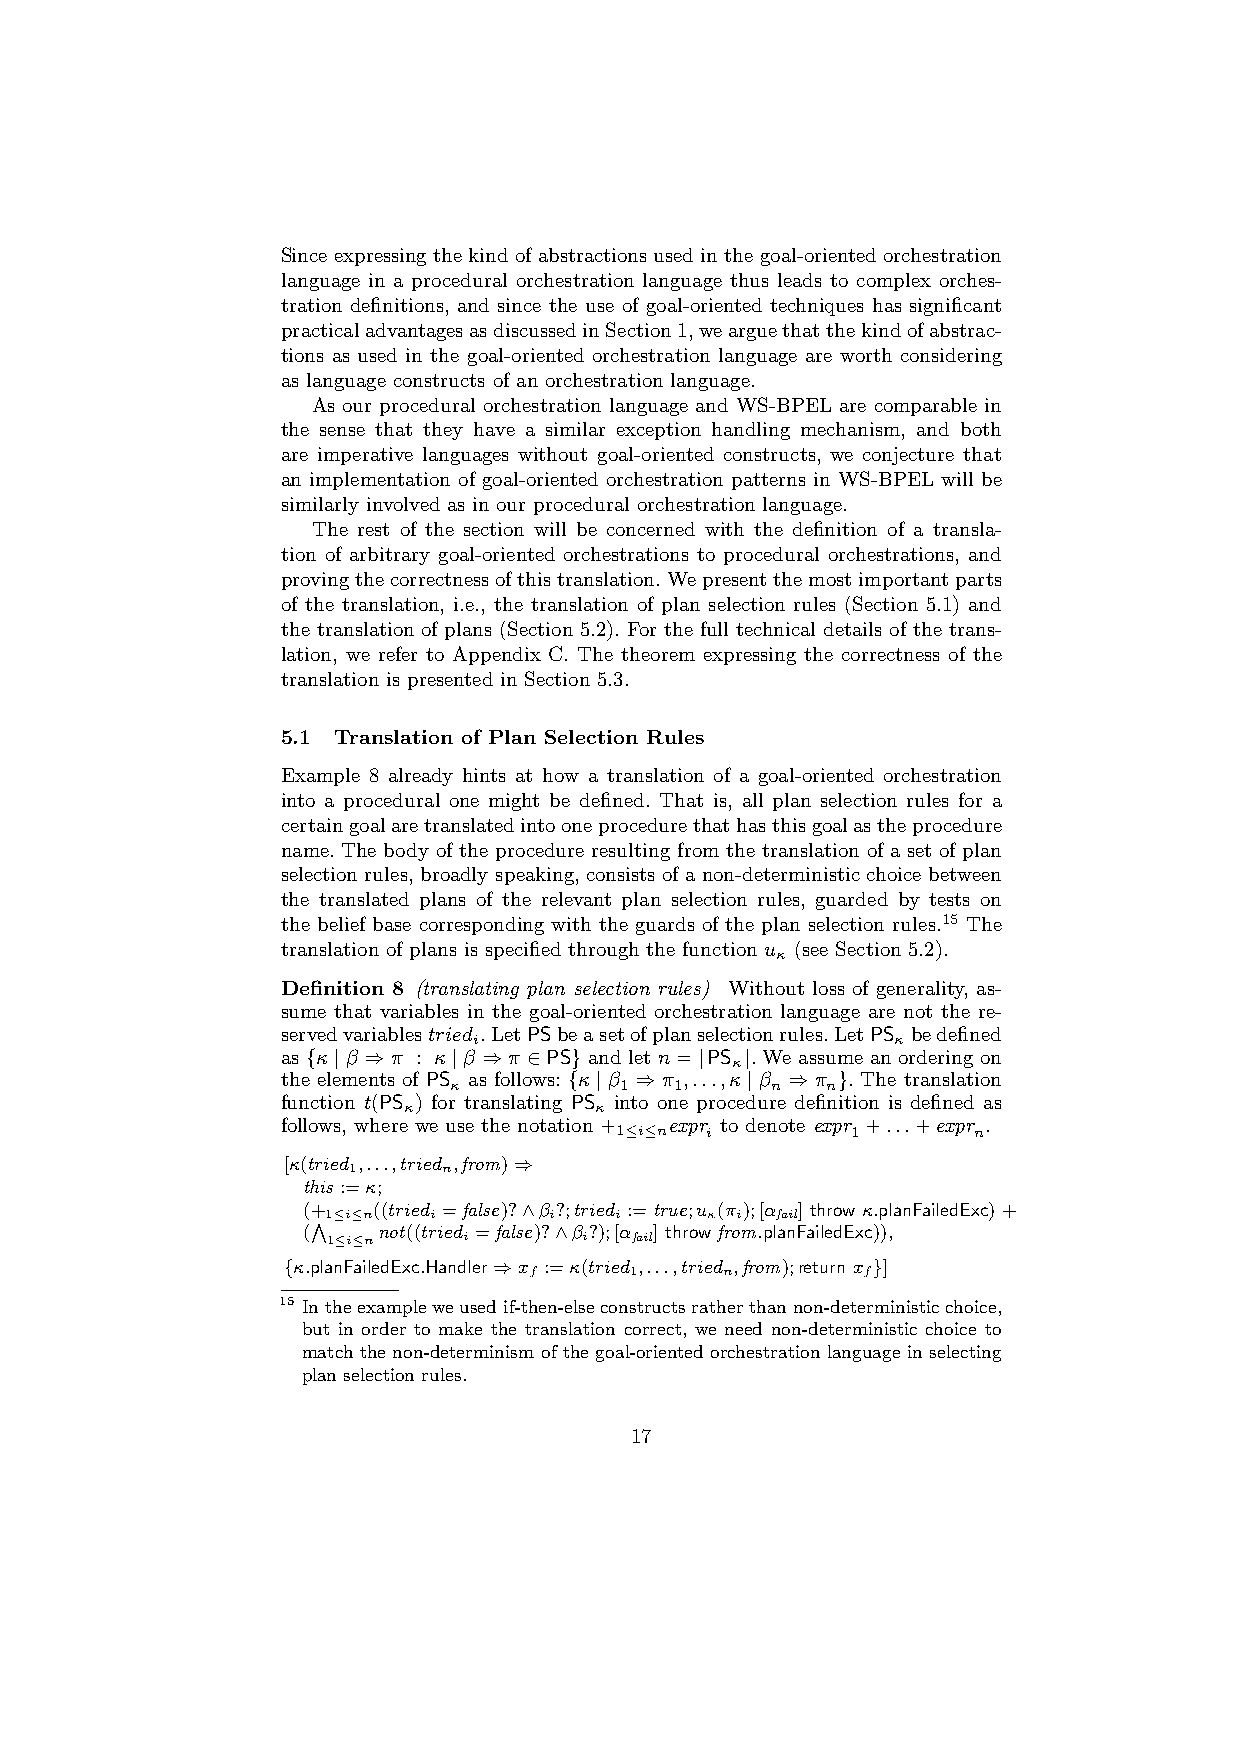
Since expressing the kind of abstractions used in the goal-oriented orchestration
 language in a procedural orchestration language thus leads to complex orches-
 tration definitions, and since the use of goal-oriented techniques has significant
 practicaladvantagesasdiscussedinSection1,wearguethatthekindofabstrac-
 tions as used in the goal-oriented orchestration language are worth considering
 as language constructs of an orchestration language.
 As our procedural orchestration language and WS-BPEL are comparable in
 the sense that they have a similar exception handling mechanism, and both
 are imperative languages without goal-oriented constructs, we conjecture that
 an implementation of goal-oriented orchestration patterns in WS-BPEL will be
 similarly involved as in our procedural orchestration language.
 The rest of the section will be concerned with the definition of a transla-
 tion of arbitrary goal-oriented orchestrations to procedural orchestrations, and
 provingthecorrectnessofthistranslation.Wepresentthemostimportantparts
 of the translation, i.e., the translation of plan selection rules (Section 5.1) and
 the translation of plans (Section 5.2). For the full technical details of the trans-
 lation, we refer to Appendix C. The theorem expressing the correctness of the
 translation is presented in Section 5.3.
 5.1 Translation of Plan Selection Rules
 Example 8 already hints at how a translation of a goal-oriented orchestration
 into a procedural one might be defined. That is, all plan selection rules for a
 certaingoalaretranslatedintooneprocedurethathasthisgoalastheprocedure
 name. The body of the procedure resulting from the translation of a set of plan
 selection rules, broadly speaking, consists of a non-deterministic choice between
 the translated plans of the relevant plan selection rules, guarded by tests on
 the belief base corresponding with the guards of the plan selection rules.15 The
 translation of plans is specified through the function u (see Section 5.2).
 κ
 Definition 8 (translating plan selection rules) Without loss of generality, as-
 sume that variables in the goal-oriented orchestration language are not the re-
 servedvariablestried .LetPSbeasetofplanselectionrules.LetPS bedefined
 i                           κ
 as {κ|β ⇒π : κ|β ⇒π ∈PS} and let n= |PS |. We assume an ordering on
 κ
 the elements of PS as follows: {κ|β ⇒π ,...,κ|β ⇒π }. The translation
 κ          1   1     n   n
 function t(PS ) for translating PS into one procedure definition is defined as
 κ           κ
 follows, where we use the notation + expr to denote expr +...+expr .
 1≤i≤n i        1       n
 [κ(tried ,...,tried ,from)⇒
 1     n
 this :=κ;
 (+   ((tried =false)?∧β ?;tried :=true;u (π );[α ] throw κ.planFailedExc) +
 1≤i≤n i       i    i     κ i fail
 V
 (    not((tried =false)?∧β ?);[α ] throw from.planFailedExc)),
 1≤i≤n    i       i  fail
 {κ.planFailedExc.Handler⇒x :=κ(tried ,...,tried ,from);return x }]
 f      1     n        f
 15 Intheexampleweusedif-then-elseconstructsratherthannon-deterministicchoice,
 but in order to make the translation correct, we need non-deterministic choice to
 match the non-determinism of the goal-oriented orchestration language in selecting
 plan selection rules.
 17